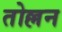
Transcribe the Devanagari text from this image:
तोल्लन